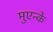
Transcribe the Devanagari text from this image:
मुएन्के